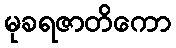
မုခရဇာတိကော